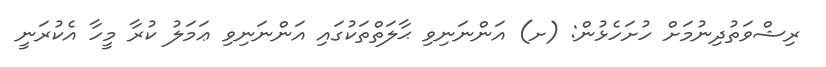
ރިޝްވަތުދިނުމަށް ހުށަހެޅުން: (ށ) އަންނަނިވި ޙާލަތްތަކުގައި އަންނަނިވި ޢަމަލު ކުރާ މީހާ އެކުރަނީ